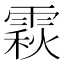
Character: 𩄍